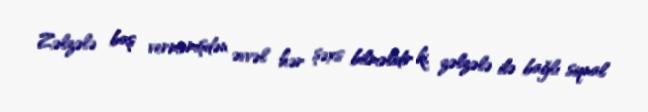
Zəlzələ baş verməmişdən əvvəl hər şəxs bilməlidir ki, zəlzələ ilə bağlı siqnal